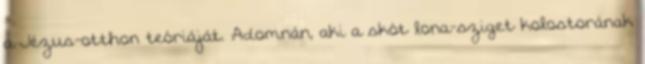
a Jézus-otthon teóriáját. Adomnán, aki a skót lona-sziget kolostorának